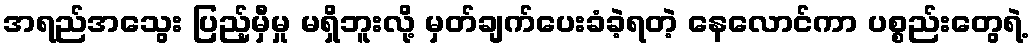
အရည်အသွေး ပြည့်မှီမှု မရှိဘူးလို့ မှတ်ချက်ပေးခံခဲ့ရတဲ့ နေလောင်ကာ ပစ္စည်းတွေရဲ့